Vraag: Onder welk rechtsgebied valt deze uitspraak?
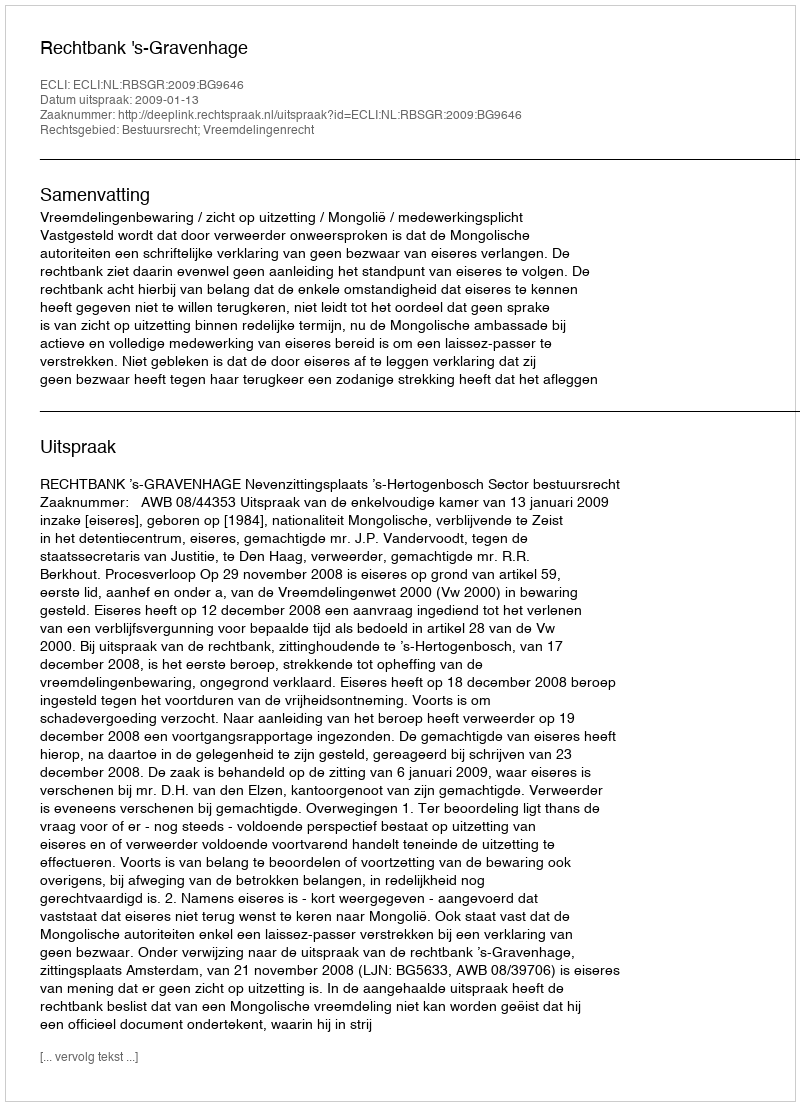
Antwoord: Bestuursrecht; Vreemdelingenrecht